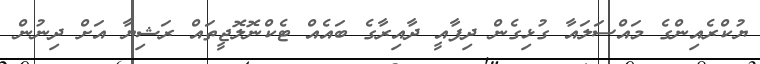
ޔުކްރެއިންގެ މައްސަލައާ ގުޅިގެން ދިފާއީ ދާއިރާގެ ބައެއް ޓެކްނޮލޮޖީތައް ރަޝިޔާ އަށް ދިނުން